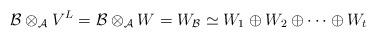
LaTeX: \begin{align*}\mathcal B\otimes_{\mathcal A} V^L= \mathcal B\otimes_{\mathcal A} W= W_{\mathcal B}\simeq W_1\oplus W_2 \oplus \cdots \oplus W_t\end{align*}